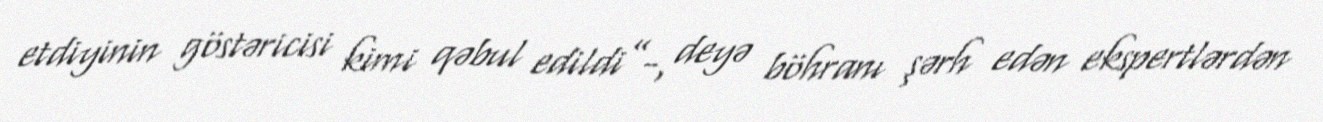
etdiyinin göstəricisi kimi qəbul edildi”-, deyə böhranı şərh edən ekspertlərdən